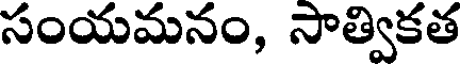
సంయమనం, సాత్వికత